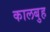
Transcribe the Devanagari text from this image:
कालबुह